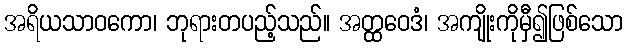
အရိယသာဝကော၊ ဘုရားတပည့်သည်။ အတ္ထဝေဒံ၊ အကျိုးကိုမှီ၍ဖြစ်သော